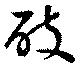
破